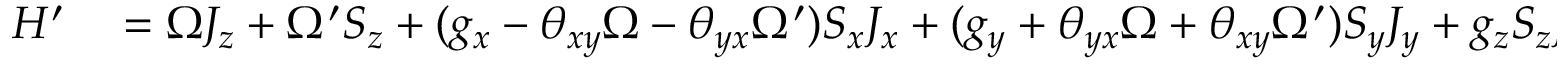
\begin{array} { r l } { H ^ { \prime } } & { { } = \Omega J _ { z } + \Omega ^ { \prime } S _ { z } + ( g _ { x } - \theta _ { x y } \Omega - \theta _ { y x } \Omega ^ { \prime } ) S _ { x } J _ { x } + ( g _ { y } + \theta _ { y x } \Omega + \theta _ { x y } \Omega ^ { \prime } ) S _ { y } J _ { y } + g _ { z } S _ { z } J _ { z } } \end{array}